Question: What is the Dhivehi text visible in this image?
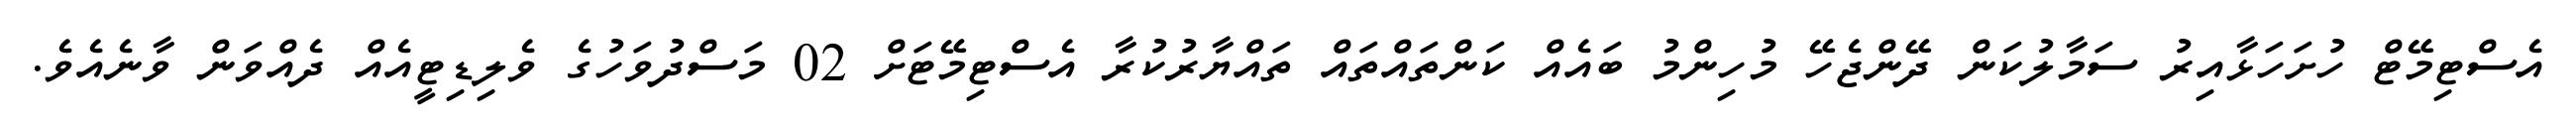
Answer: އެސްޓިމޭޓް ހުށަހަޅާއިރު ސަމާލުކަން ދޭންޖެހޭ މުހިންމު ބައެއް ކަންތައްތައް ތައްޔާރުކުރާ އެސްޓިމޭޓަށް 02 މަސްދުވަހުގެ ވެލިޑިޓީއެއް ދެއްވަން ވާނެއެވެ.